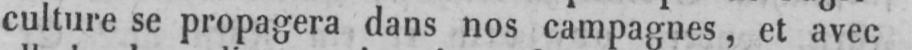
culture se propagera dans nos campagnes, et avec